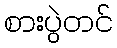
စားပွဲတင်